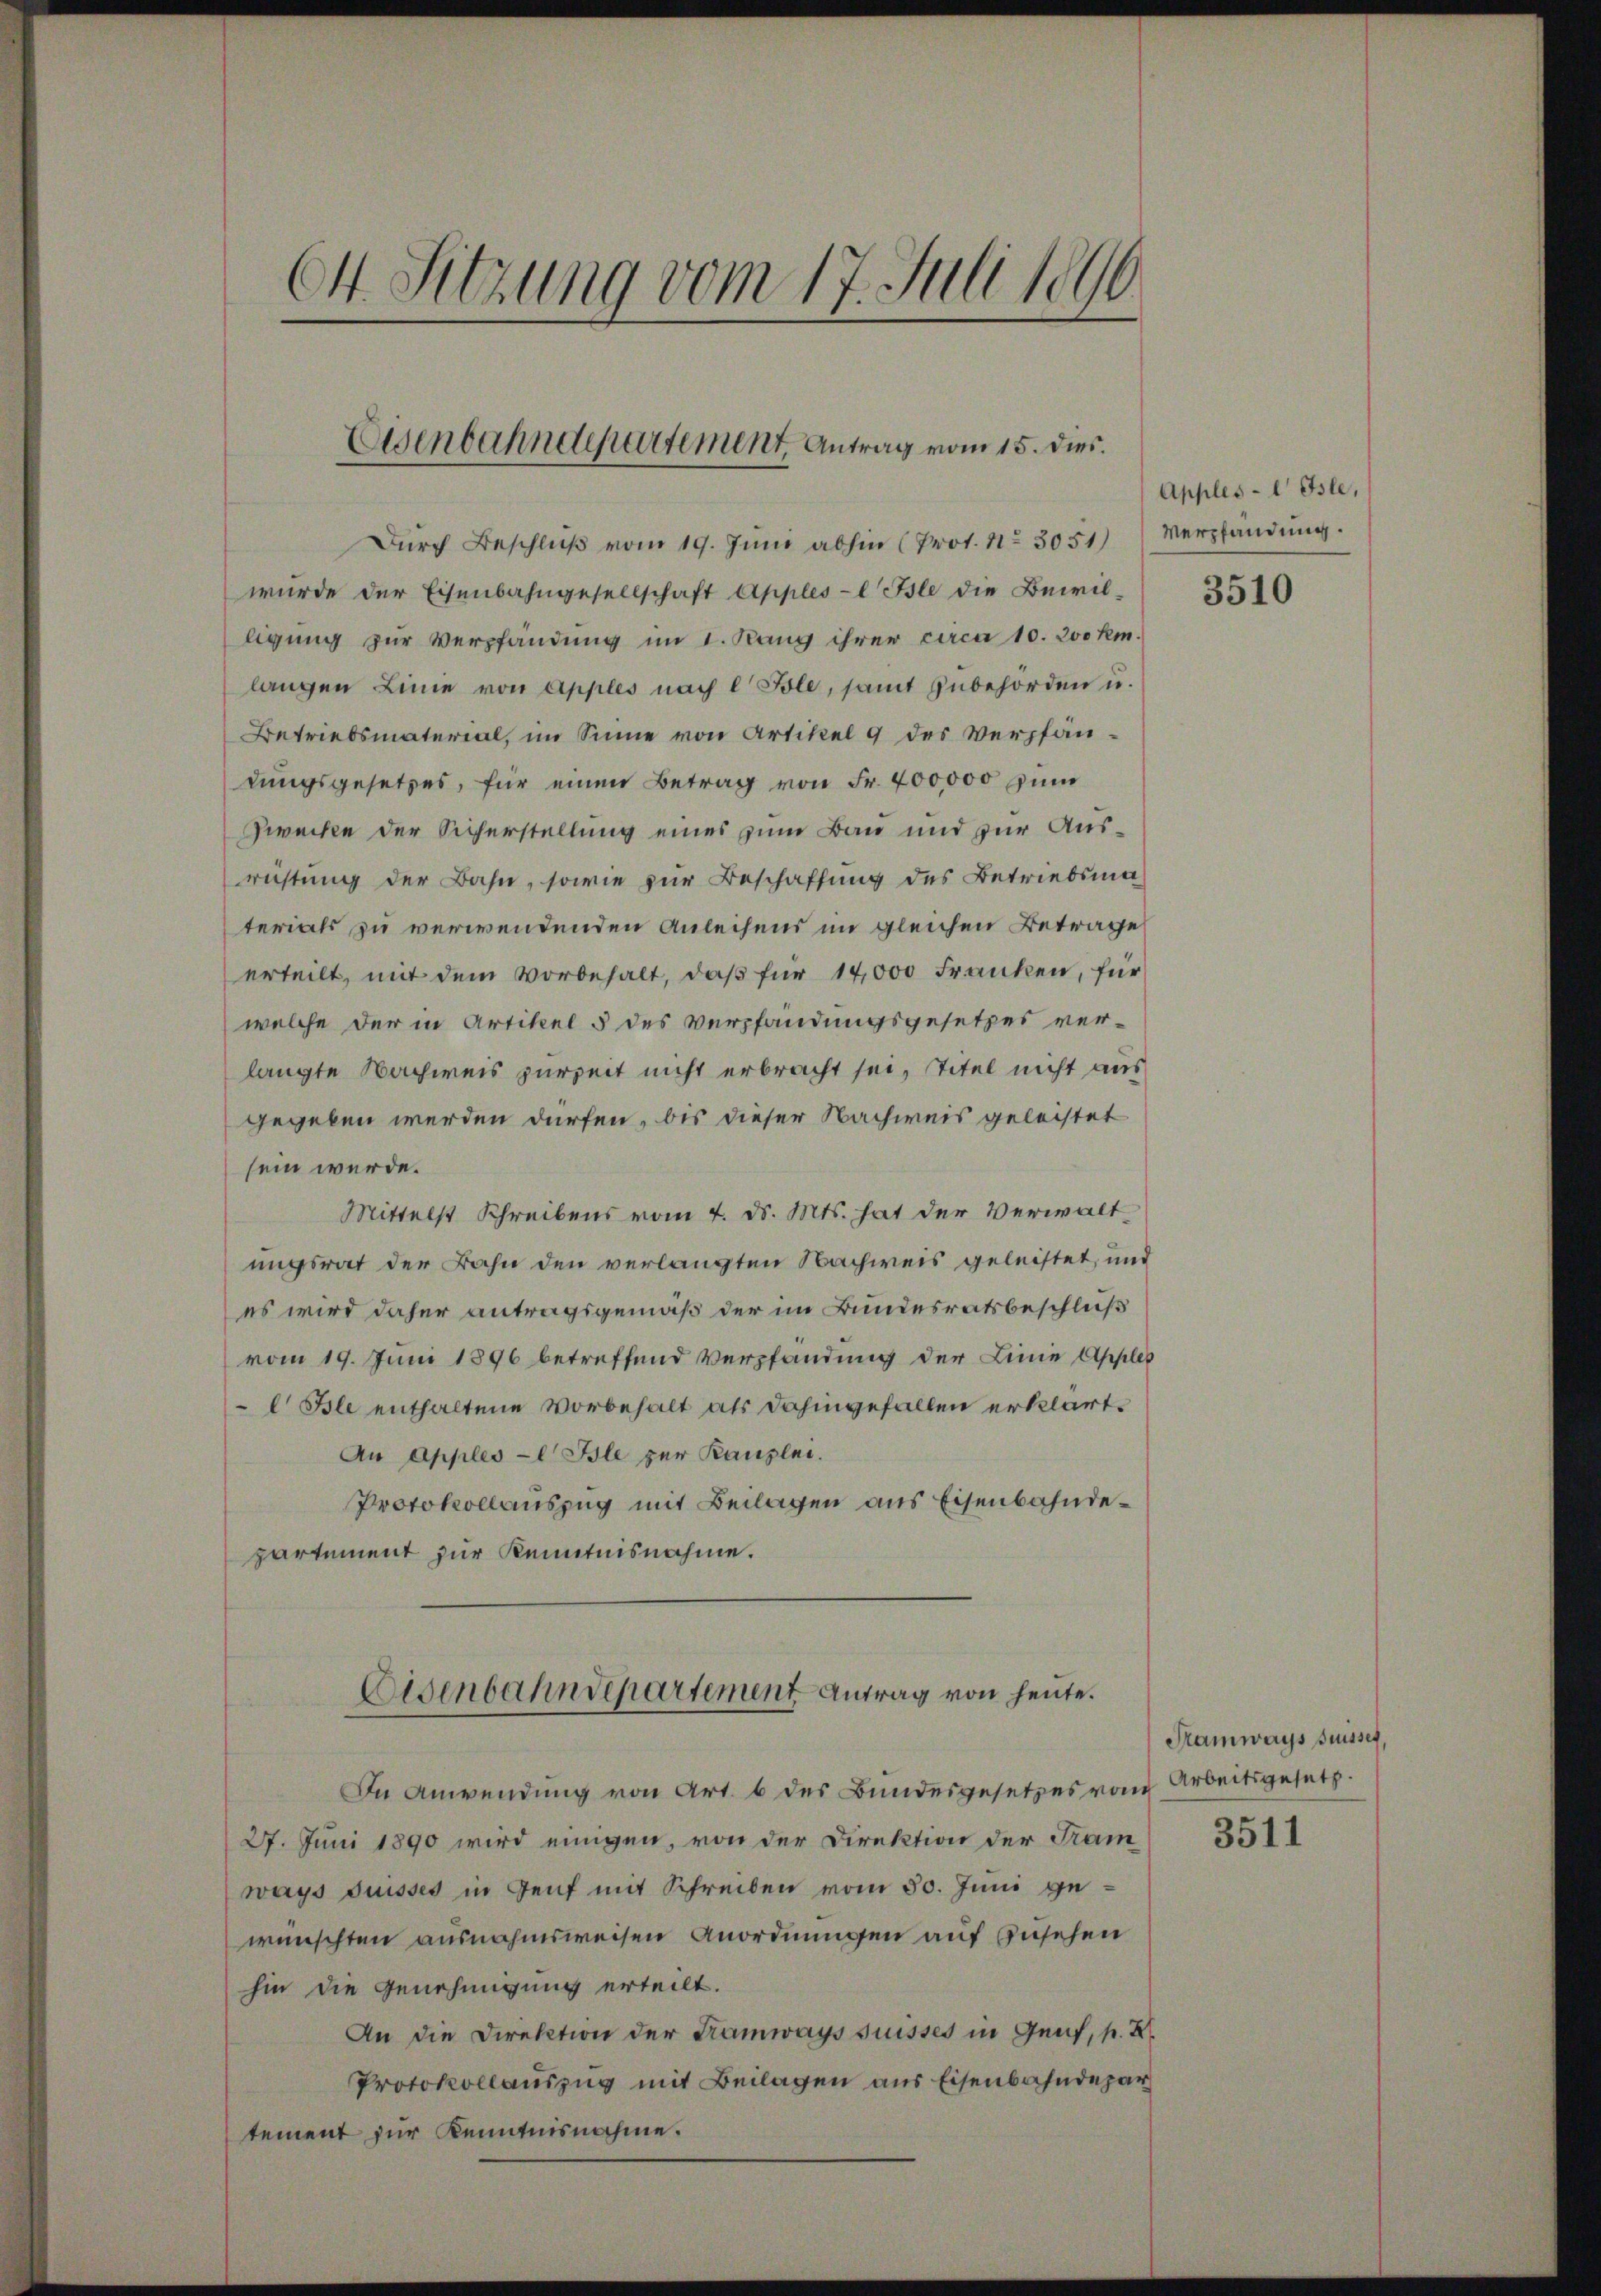
64. Sitzung vom 17. Juli 1890

Eisenbahndepartement Antrag vom 15. dies.

Durch Beschluß vom 19. Juni abhin (Prot. No 3051)
wurde der Eisenbahngesellschaft Apples-l Isle die Bewil-
ligung zur Verpfandung im I. Rang ihrer circa 10. 20 km.
langen Linie von Apples nach 2 Pole, samt zubehörden u.
Betriebsmaterial, im Sinne von Artikel 9 des Verpfändungsgesetzes, für einen Betrag von Fr. 400000 zum
Zwecke der Sicherstellung eines zum Bau und zur Ausrichtung der Bahn, sowie zur Beschaffung des Betriebsmaterials zu verwendenden Anleihens im gleichen Betrage
erteilt, mit dem vorbehalt, daß für 14,000 Franken, für
welche der in Artikel 5 des Verpfandungsgesetzes ver-
langte Nachweis zur Zeit nicht erbracht sei, Titel nicht aus
gegeben werden dürfen, bis dieser Nachweis geleistet
sein werde.
Mittelst Schreibens vom 4. d. Mts. hat der Verwalt
ungsrat der Bahn den verlangten Nachweis geleistet, und
es wird daher antragsgemäß der im Bundesratsbeschluß
vom 19. Juni 1896 betreffend Verpfandung der Linie Apples
I Isle enthaltene Vorbehalt als dahingefallen erklärt.
An Apples-l Isle per Kanzlei.
Protokollauszug mit Beilagen aus Eisenbahndepartement zur Kenntnisnahme.
Eisenbahndepartement Antrag von heute.
In Anwendung von Art. 6 des Bundesgesetzes von
27. Juni 1890 wird einigen, von der Direktion der Tram
ways duisses in Genf mit Schreiben vom 30. Juni gewünschten ausnahmsweisen Anordnungen auf Zusehen
hin die Genehmigung erteilt.
An die Direktion der Tramways suisses in Genf, p. 2.
Protokollauszug mit Beilagen aus Eisenbahndepar
tement zur Kenntnisnahme.

Apples-l Isle,
Verpfandung.

3510

Samways Suisses,
Arbeitsgesetz.

3511